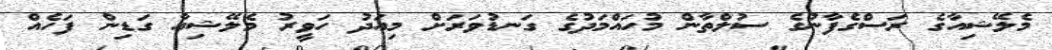
މެލޭޝިއާގެ ރަސްގެފާނުގެ ސުލްތާން މުހައްމަދުގެ ގަނޑުވަރަށް މިއަދު ހަވީރު މެލޭޝިއާ ގަޑިން ފަހެއް